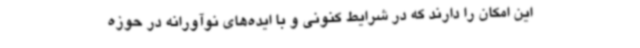
این امکان را دارند که در شرایط کنونی و با ایده‌های نوآورانه در حوزه